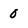
Character: 0